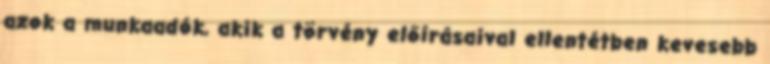
azok a munkaadók, akik a törvény előírásaival ellentétben kevesebb